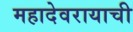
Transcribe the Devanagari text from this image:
महादेवरायाची